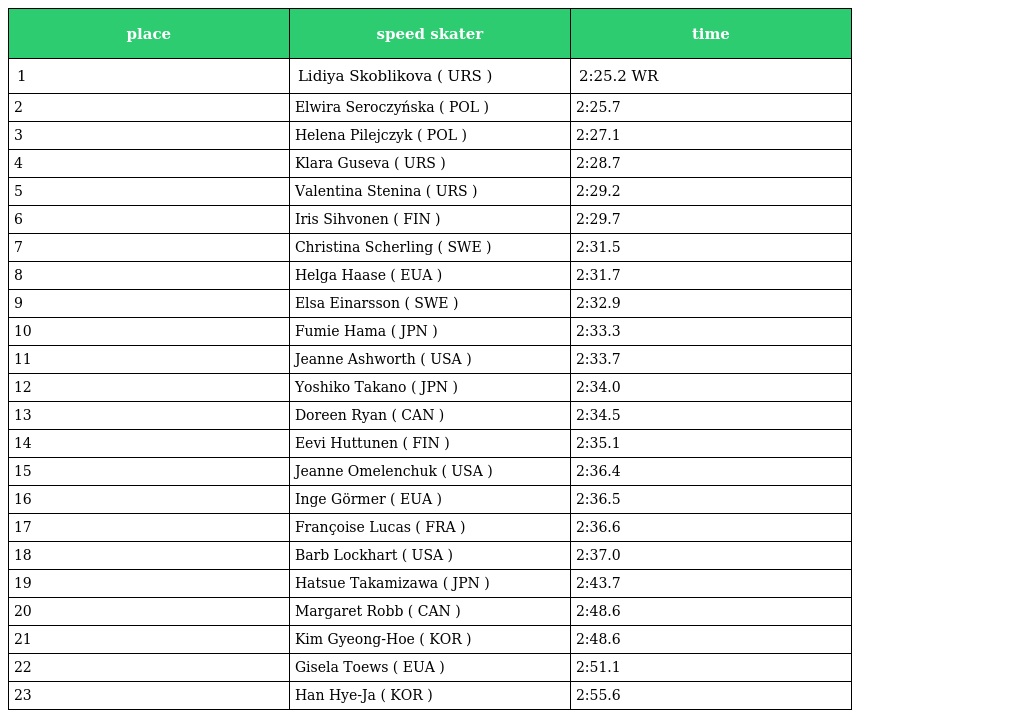
| place | speed skater | time |
 | --- | --- | --- |
 | 1 | Lidiya Skoblikova ( URS ) | 2:25.2 WR |
 | 2 | Elwira Seroczyńska ( POL ) | 2:25.7 |
 | 3 | Helena Pilejczyk ( POL ) | 2:27.1 |
 | 4 | Klara Guseva ( URS ) | 2:28.7 |
 | 5 | Valentina Stenina ( URS ) | 2:29.2 |
 | 6 | Iris Sihvonen ( FIN ) | 2:29.7 |
 | 7 | Christina Scherling ( SWE ) | 2:31.5 |
 | 8 | Helga Haase ( EUA ) | 2:31.7 |
 | 9 | Elsa Einarsson ( SWE ) | 2:32.9 |
 | 10 | Fumie Hama ( JPN ) | 2:33.3 |
 | 11 | Jeanne Ashworth ( USA ) | 2:33.7 |
 | 12 | Yoshiko Takano ( JPN ) | 2:34.0 |
 | 13 | Doreen Ryan ( CAN ) | 2:34.5 |
 | 14 | Eevi Huttunen ( FIN ) | 2:35.1 |
 | 15 | Jeanne Omelenchuk ( USA ) | 2:36.4 |
 | 16 | Inge Görmer ( EUA ) | 2:36.5 |
 | 17 | Françoise Lucas ( FRA ) | 2:36.6 |
 | 18 | Barb Lockhart ( USA ) | 2:37.0 |
 | 19 | Hatsue Takamizawa ( JPN ) | 2:43.7 |
 | 20 | Margaret Robb ( CAN ) | 2:48.6 |
 | 21 | Kim Gyeong-Hoe ( KOR ) | 2:48.6 |
 | 22 | Gisela Toews ( EUA ) | 2:51.1 |
 | 23 | Han Hye-Ja ( KOR ) | 2:55.6 |